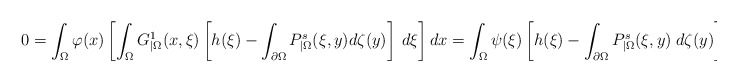
\begin{align*}0=\int_\Omega \varphi(x)\left[\int_\Omega G^1_{|\Omega}(x,\xi)\left[h(\xi)-\int_{\partial\Omega}P^s_{|\Omega}(\xi,y)d\zeta(y)\right]\:d\xi\right]dx=\int_\Omega \psi(\xi)\left[h(\xi)-\int_{\partial\Omega}P^s_{|\Omega}(\xi,y)\;d\zeta(y)\right]d\xi\end{align*}